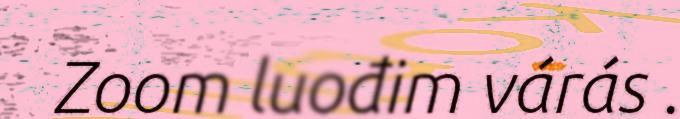
Zoom luođim várás .